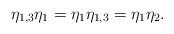
LaTeX: \begin{align*} \eta_{1,3} \eta_1= \eta_1 \eta_{1,3}= \eta_1 \eta_2. \end{align*}